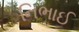
નિભાઈ